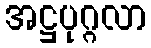
အဋ္ဌပုဂ္ဂလာ